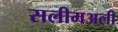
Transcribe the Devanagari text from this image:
सलीमअली